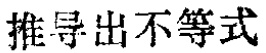
推导出不等式